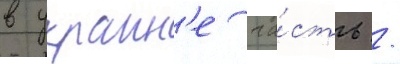
в украин'е ча́сть /